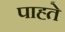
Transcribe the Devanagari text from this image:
पाह्ते